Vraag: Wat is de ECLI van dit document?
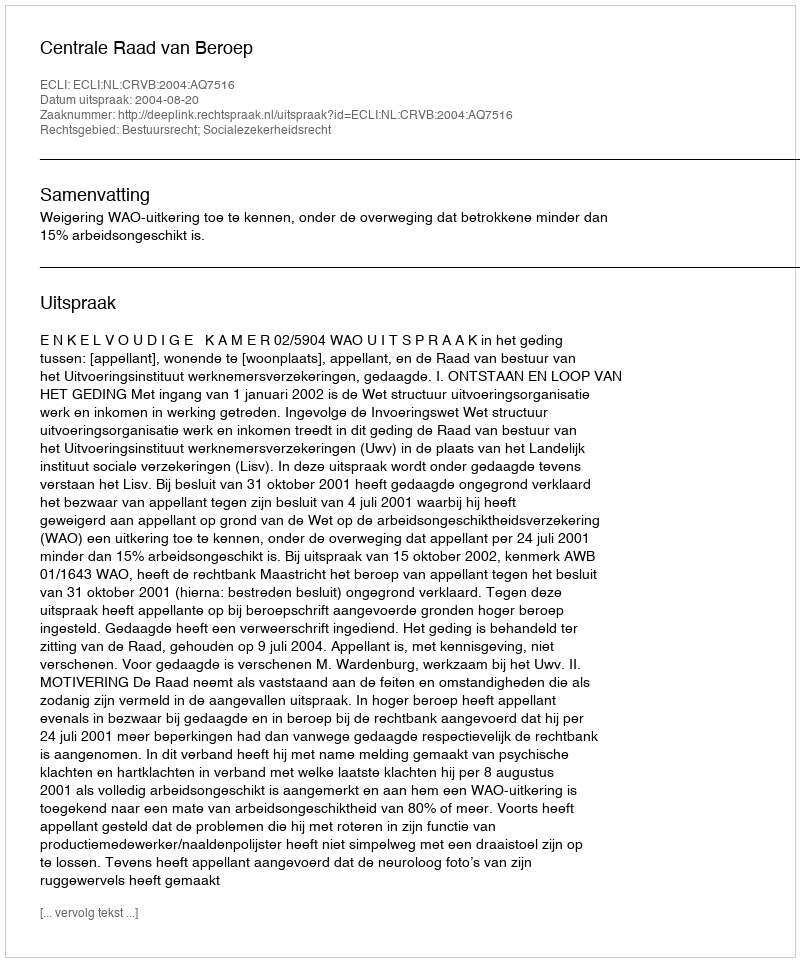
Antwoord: ECLI:NL:CRVB:2004:AQ7516